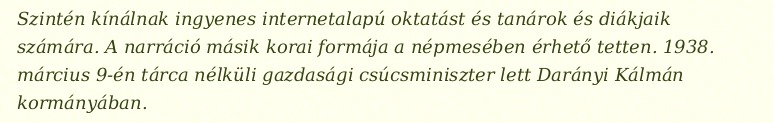
Szintén kínálnak ingyenes internetalapú oktatást és tanárok és diákjaik számára. A narráció másik korai formája a népmesében érhető tetten. 1938. március 9-én tárca nélküli gazdasági csúcsminiszter lett Darányi Kálmán kormányában.